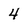
Character: 4